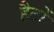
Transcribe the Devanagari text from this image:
हैटों